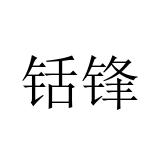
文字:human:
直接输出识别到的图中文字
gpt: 铦锋